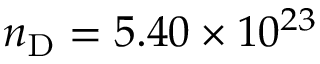
n _ { \mathrm { D } } = 5 . 4 0 \times 1 0 ^ { 2 3 }